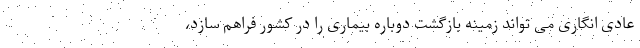
عادی انگاری می تواند زمینه بازگشت دوباره بیماری را در کشور فراهم سازد،